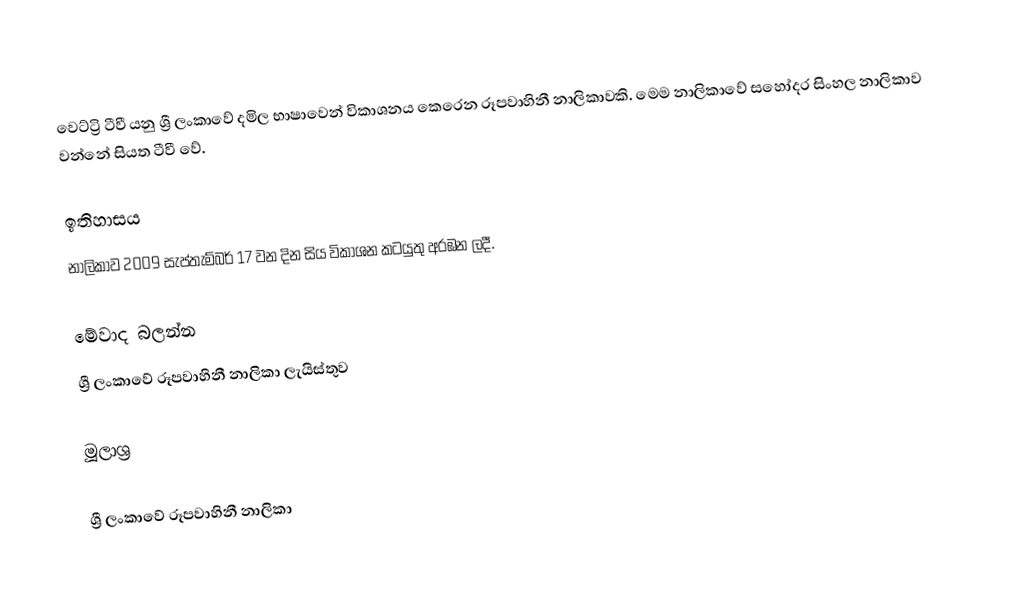
වෙට්ට්‍රි ටීවී යනු ශ්‍රී ලංකාවේ දමිල භාෂාවෙන් විකාශනය කෙරෙන රූපවාහිනී නාලිකාවකි. මෙම නාලිකාවේ සහෝදර සිංහල නාලිකාව වන්නේ සියත ටීවී වේ.

ඉතිහාසය
නාලිකාව 2009 සැප්තැම්බර් 17 වන දින සිය විකාශන කටයුතු අරඹන ලදී.

මේවාද බලන්න
 ශ්‍රී ලංකාවේ රූපවාහිනී නාලිකා ලැයිස්තුව

මූලාශ්‍ර

ශ්‍රී ලංකාවේ රූපවාහිනී නාලිකා